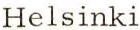
Helsinki